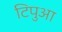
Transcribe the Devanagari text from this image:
टिपुआ